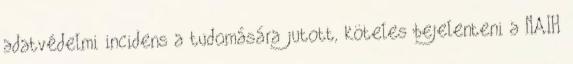
adatvédelmi incidens a tudomására jutott, köteles bejelenteni a NAIH